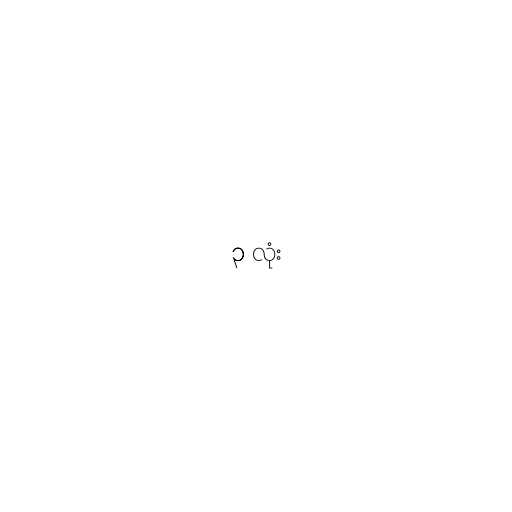
၃ လုံး